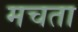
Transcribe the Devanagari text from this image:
मचता